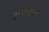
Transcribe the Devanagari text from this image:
है।आलूबुखारा